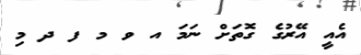
އެއީ އޭރުގެ ގޮތަށް ނަމަ އ ވ މ ފ ދ މި